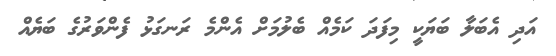
އަދި އެބަލާ ބަޔަކީ މިފަދަ ކަމެއް ބެލުމަށް އެންމެ ރަނގަޅު ފެންވަރުގެ ބަޔެއް